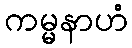
ကမ္မနာဟံ